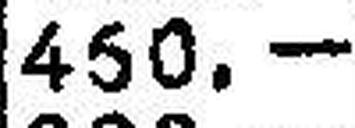
450.—